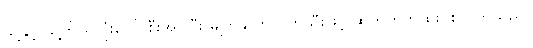
သို့နှင့် သူ့ကိုယ်လုံးပေါ် စီးအုပ်ပြီး မျက်နှာကိုလက်သီးဖြင့် ဆက်တိုက်ထိုးပစ်လိုက်သည်။